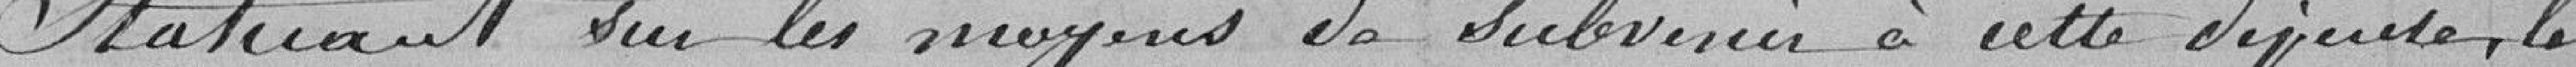
Statuant sur les moyens de subvenir à cette dépense, le